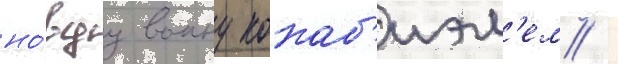
но́вуу воину кокаб'иэл'ем /